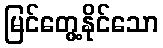
မြင်တွေ့နိုင်သော